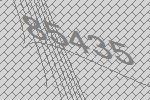
85435